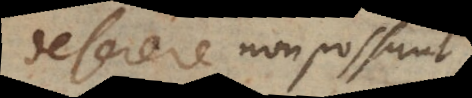
deserere non possunt,